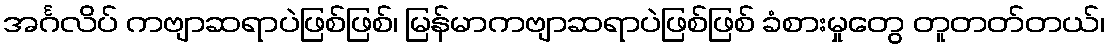
အင်္ဂလိပ် ကဗျာဆရာပဲဖြစ်ဖြစ်၊ မြန်မာကဗျာဆရာပဲဖြစ်ဖြစ် ခံစားမှုတွေ တူတတ်တယ်၊